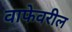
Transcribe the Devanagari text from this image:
वाफेवरील